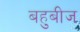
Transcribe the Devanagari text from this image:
बहुबीज